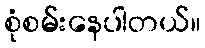
စုံစမ်းနေပါတယ်။